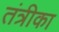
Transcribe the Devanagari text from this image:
तंत्रीका